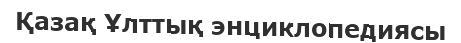
Қазақ Ұлттық энциклопедиясы